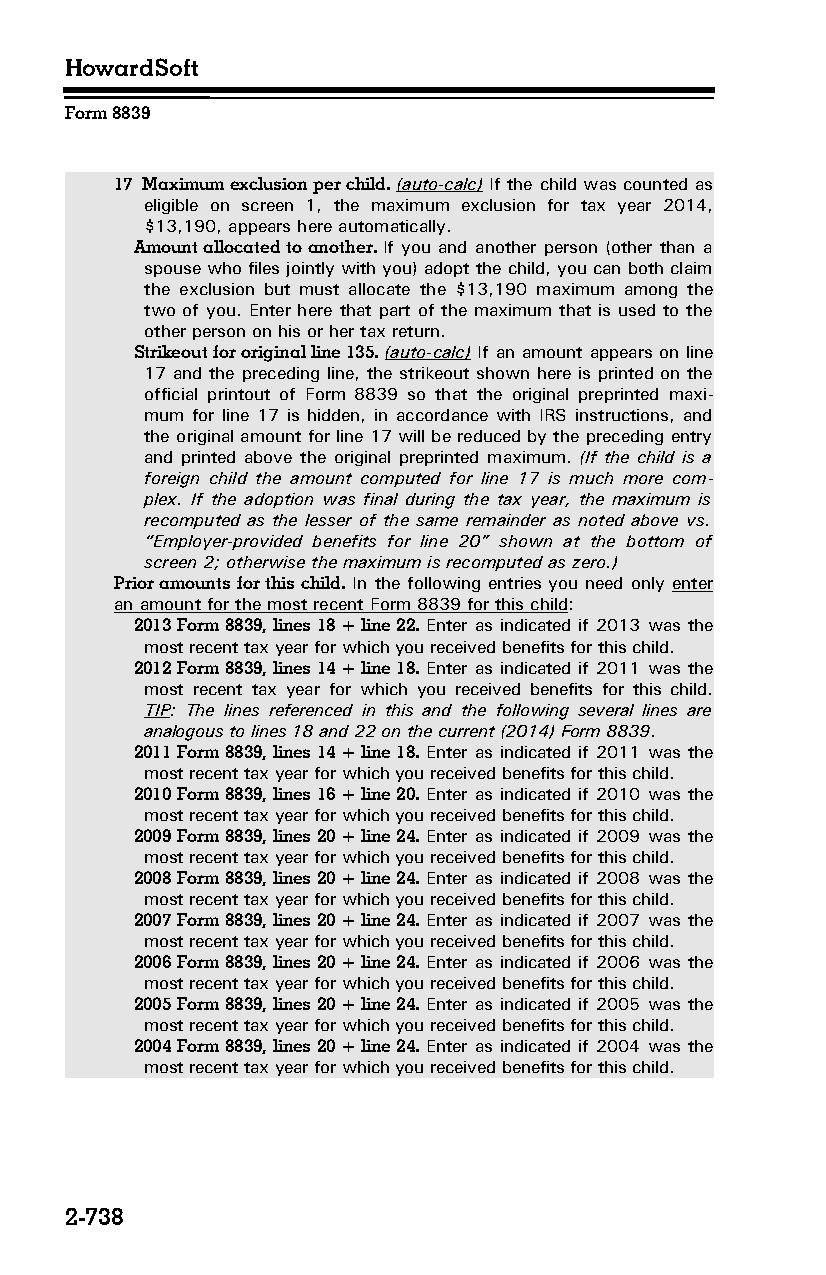
HowardSoft
 Form 8839
 17 Maximum exclusion per child. (auto-calc) If the child was counted as
 eligible on screen 1, the maximum exclusion for tax year 2014,
 $13,190, appears here automatically.
 Amount allocated to another. If you and another person (other than a
 spouse who files jointly with you) adopt the child, you can both claim
 the exclusion but must allocate the $13,190 maximum among the
 two of you. Enter here that part of the maximum that is used to the
 other person on his or her tax return.
 Strikeout for original line 135. (auto-calc) If an amount appears on line
 17 and the preceding line, the strikeout shown here is printed on the
 official printout of Form 8839 so that the original preprinted maxi­
 mum for line 17 is hidden, in accordance with IRS instructions, and
 the original amount for line 17 will be reduced by the preceding entry
 and printed above the original preprinted maximum. (If the child is a
 foreign child the amount computed for line 17 is much more com­
 plex. If the adoption was final during the tax year, the maximum is
 recomputed as the lesser of the same remainder as noted above vs.
 “Employer-provided benefits for line 20” shown at the bottom of
 screen 2; otherwise the maximum is recomputed as zero.)
 Prior amounts for this child. In the following entries you need only enter
 an amount for the most recent Form 8839 for this child:
 2013 Form 8839, lines 18 + line 22. Enter as indicated if 2013 was the
 most recent tax year for which you received benefits for this child.
 2012 Form 8839, lines 14 + line 18. Enter as indicated if 2011 was the
 most recent tax year for which you received benefits for this child.
 TIP: The lines referenced in this and the following several lines are
 analogous to lines 18 and 22 on the current (2014) Form 8839.
 2011 Form 8839, lines 14 + line 18. Enter as indicated if 2011 was the
 most recent tax year for which you received benefits for this child.
 2010 Form 8839, lines 16 + line 20. Enter as indicated if 2010 was the
 most recent tax year for which you received benefits for this child.
 2009 Form 8839, lines 20 + line 24. Enter as indicated if 2009 was the
 most recent tax year for which you received benefits for this child.
 2008 Form 8839, lines 20 + line 24. Enter as indicated if 2008 was the
 most recent tax year for which you received benefits for this child.
 2007 Form 8839, lines 20 + line 24. Enter as indicated if 2007 was the
 most recent tax year for which you received benefits for this child.
 2006 Form 8839, lines 20 + line 24. Enter as indicated if 2006 was the
 most recent tax year for which you received benefits for this child.
 2005 Form 8839, lines 20 + line 24. Enter as indicated if 2005 was the
 most recent tax year for which you received benefits for this child.
 2004 Form 8839, lines 20 + line 24. Enter as indicated if 2004 was the
 most recent tax year for which you received benefits for this child.
 2-738